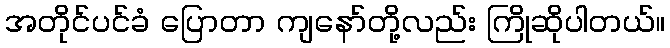
အတိုင်ပင်ခံ ပြောတာ ကျနော်တို့လည်း ကြိုဆိုပါတယ်။